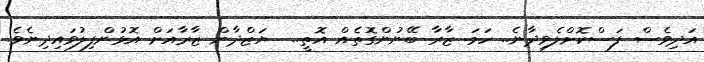
އަދިވެސް ފަސްކޮށްލެވިދާނެ.. ހަމަ ޒާރާ ބޭނުންގޮތެއް އޮތީ..  ޔަޒްދާން ޒާރާއަށް އޮޅުންފިލުވައިދިނެވެ.